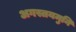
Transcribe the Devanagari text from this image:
अगस्तयमुनि